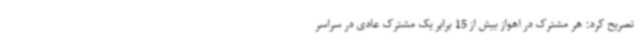
تصریح کرد: هر مشترک در اهواز بیش از 15 برابر یک مشترک عادی در سراسر